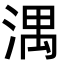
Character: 湡